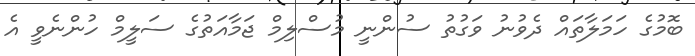
ބޮމުގެ ހަމަލާތައް ދެވުނު ވަގުތު ސުންނީ މުސްލިމް ޖަމާއަތުގެ ސަލީމް ހުންނެވީ އެ